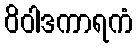
ဝိဝါဒကာရကံ